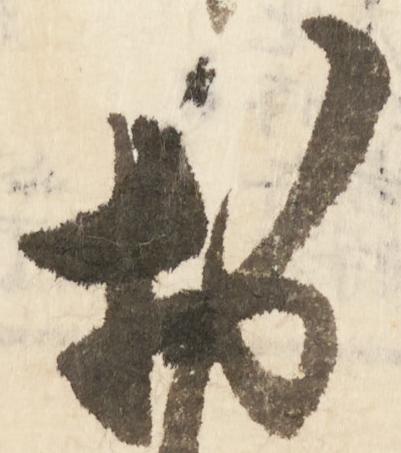
於